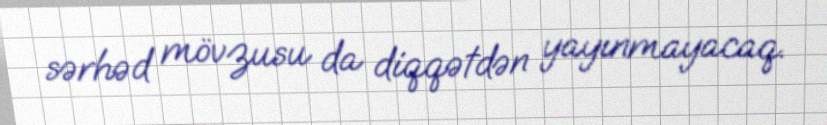
sərhəd mövzusu da diqqətdən yayınmayacaq.